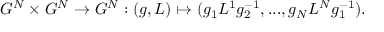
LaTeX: G ^ { N } \times G ^ { N } \rightarrow G ^ { N } : ( g , L ) \mapsto ( g _ { 1 } L ^ { 1 } g _ { 2 } ^ { - 1 } , . . . , g _ { N } L ^ { N } g _ { 1 } ^ { - 1 } ) .